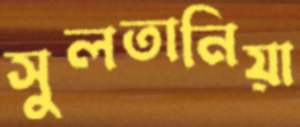
সুলতানিয়া